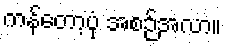
ကန်တော့ပုံ အစဉ်အလာ။